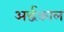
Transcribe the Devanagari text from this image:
अर्द्धकाल